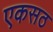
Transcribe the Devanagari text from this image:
एकसठ